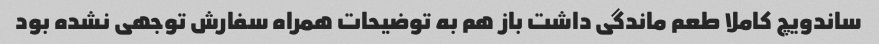
ساندویچ کاملا طعم ماندگی داشت باز هم به توضیحات همراه سفارش توجهی نشده بود